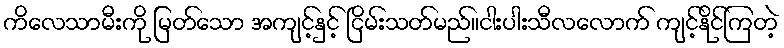
ကိလေသာမီးကို မြတ်သော အကျင့်နှင့် ငြိမ်းသတ်မည်။ငါးပါးသီလလောက် ကျင့်နိုင်ကြတဲ့